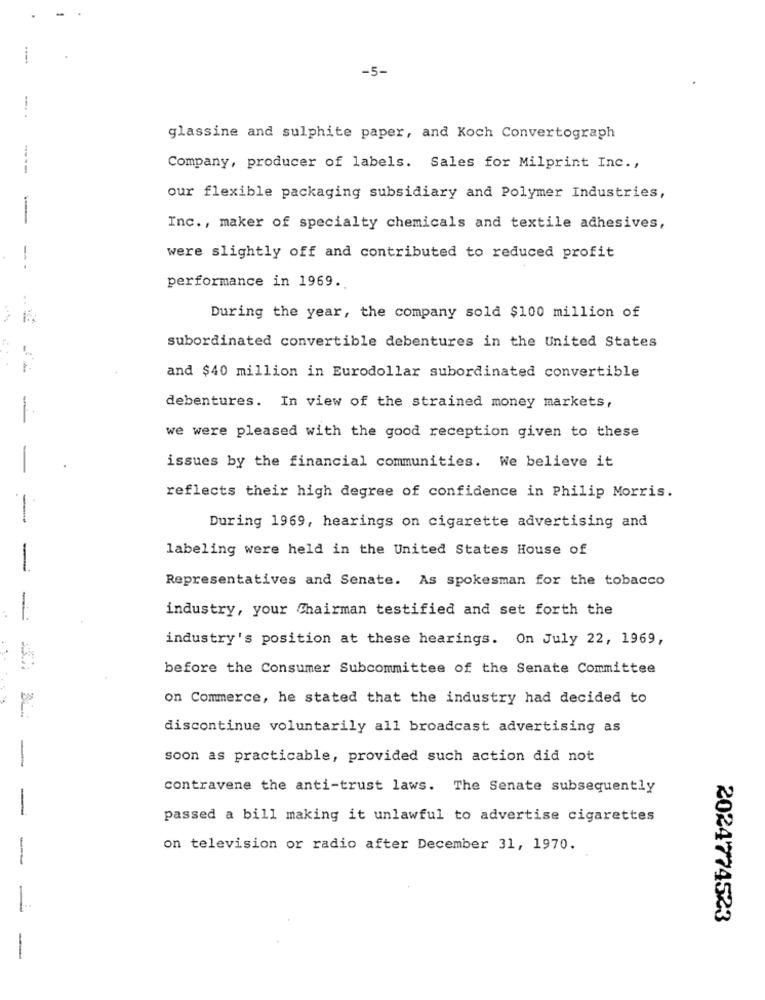
-5-
glassine and sulphite paper, and Koch Convertograph
----
Company, producer of labels. Sales for Milprint Inc .,
our flexible packaging subsidiary and Polymer Industries,
-
Inc ., maker of specialty chemicals and textile adhesives,
-
were slightly off and contributed to reduced profit
performance in 1969.
During the year, the company sold $100 million of
subordinated convertible debentures in the United States
and $40 million in Eurodollar subordinated convertible
debentures. In view of the strained money markets,
we were pleased with the good reception given to these
issues by the financial communities. We believe it
reflects their high degree of confidence in Philip Morris.
-
During 1969, hearings on cigarette advertising and
labeling were held in the United States House of
-
Representatives and Senate. As spokesman for the tobacco
industry, your Chairman testified and set forth the
industry's position at these hearings. On July 22, 1969,
before the Consumer Subcommittee of the Senate Committee
on Commerce, he stated that the industry had decided to
discontinue voluntarily all broadcast advertising as
soon as practicable, provided such action did not
contravene the anti-trust laws. The Senate subsequently
-
passed a bill making it unlawful to advertise cigarettes
on television or radio after December 31, 1970.
--
2024774523
-